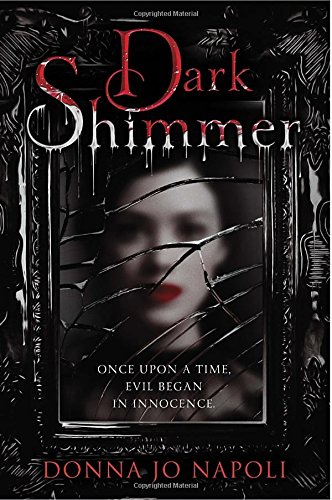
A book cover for Dark Shimmer; Donna Jo Napoli; Teen & Young Adult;